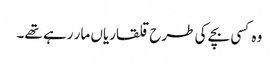
وہ کسی بچے کی طرح قلقاریاں مار رہے تھے۔